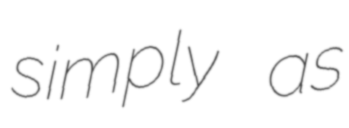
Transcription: simply as